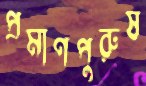
প্রমাণপুরুষ